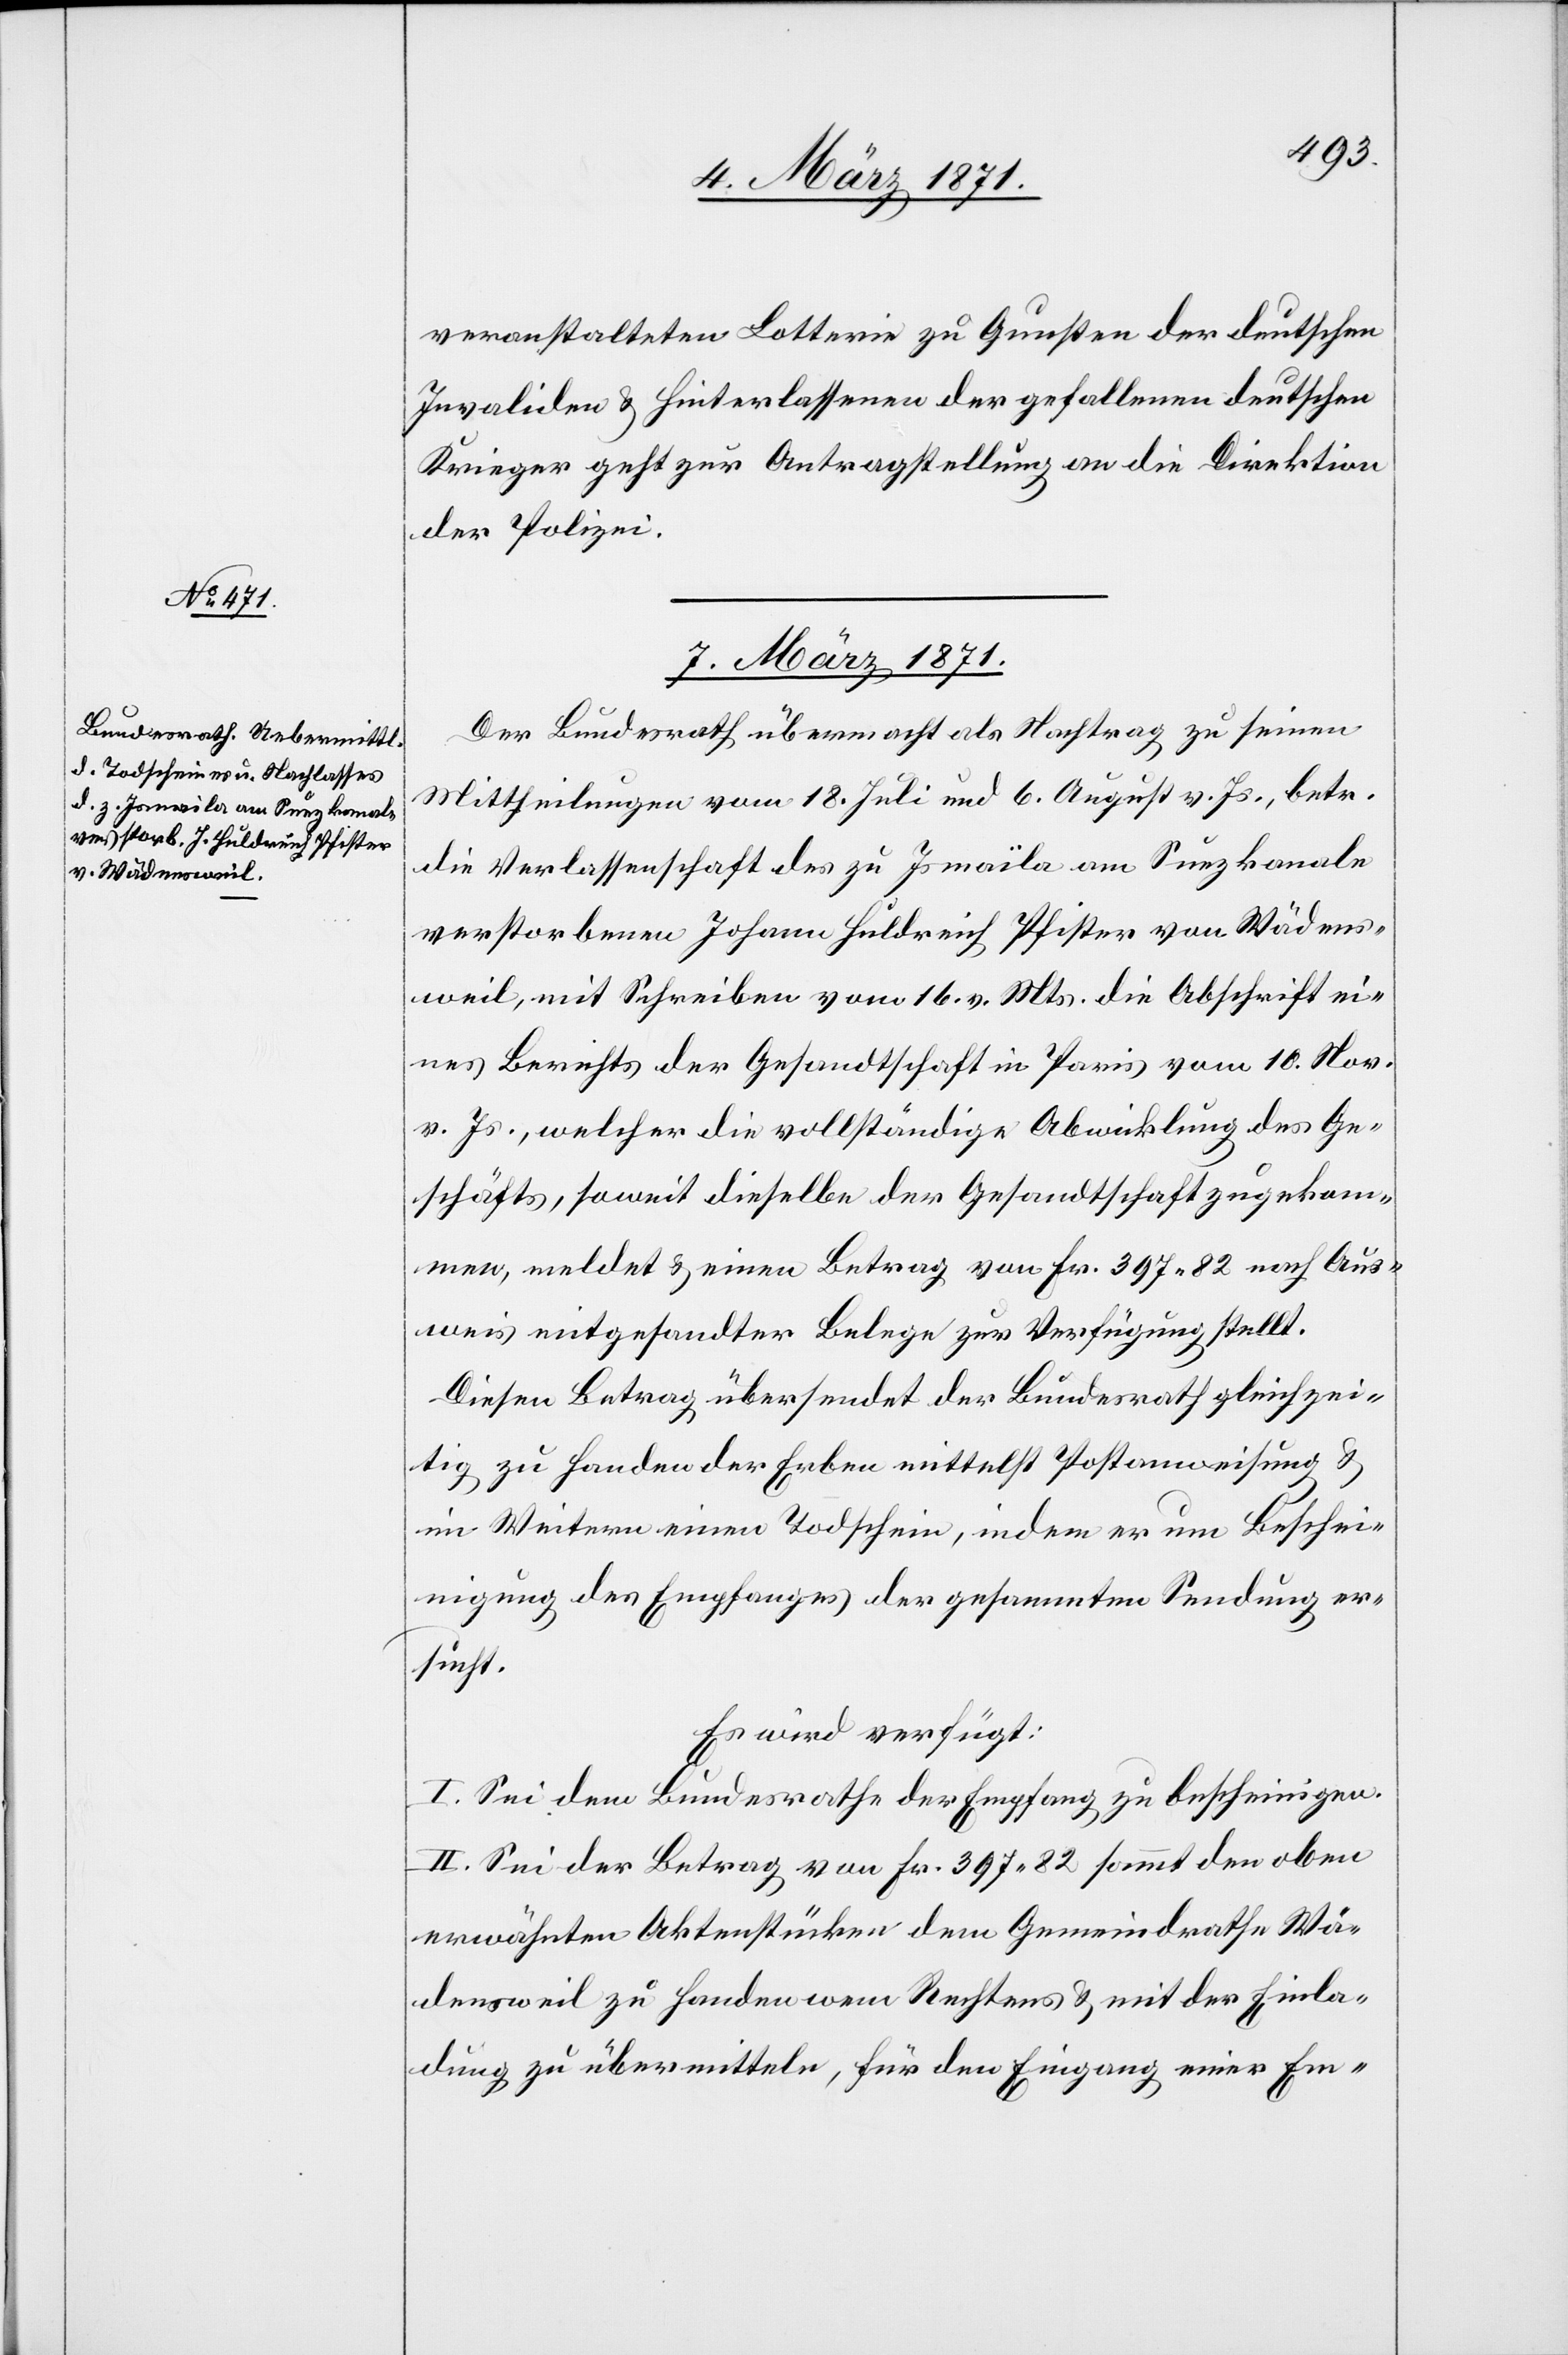
07. März 1871.
veranstalteten Lotterie zu Gunsten der deutschen
Invaliden u. Hinterlassenen der gefallenen deutschen
Krieger geht zur Antragstellung an die Direktion
der Polizei.
Der Bundesrath übermacht als Nachtrag zu seinen
Mittheilungen vom 18. Juli und 6. August v. Js., betr.
die Verlassenschaft des zu Ismaïla am Suezkanale
verstorbenen Johann Huldreich Pfister von Wädens¬
weil, mit Schreiben vom 16. v. Mts. die Abschrift ei¬
nes Berichts der Gesandtschaft in Paris vom 10. Nov.
v. Js., welcher die vollständige Abwicklung des Ge¬
schäfts, soweit dieselbe der Gesandtschaft zugekom¬
men, meldet u. einen Betrag von Fr. 397.82 nach Aus¬
weis mitgesandter Belege zur Verfügung stellt.
Diesen Betrag übersendet der Bundesrath gleichzei¬
tig zu Handen der Erben mittelst Postanweisung u.
im Weitern einen Todschein, indem er um Beschei¬
nigung des Empfanges der gesammten Sendung er¬
sucht.
Es wird verfügt:
I. Sei dem Bundesrath der Empfang zu bescheinigen.
II. Sei der Betrag von Fr. 397.82 sammt den oben
erwähnten Aktenstücken dem Gemeindrathe Wä¬
densweil zu Handen wem Rechtens u. mit der Einla¬
dung zu übermitteln, für den Eingang einer Em-